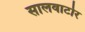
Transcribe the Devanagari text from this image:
सालवाटोर